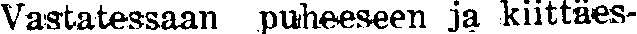
Vastatessaan puheeseen ja kiittäes-